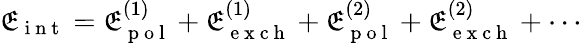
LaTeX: \mathfrak{E}_{\mathrm{{~i~n~t~}}}=\mathfrak{E}_{\mathrm{{~p~o~l~}}}^{(1)}+\mathfrak{E}_{\mathrm{{~e~x~c~h~}}}^{(1)}+\mathfrak{E}_{\mathrm{{~p~o~l~}}}^{(2)}+\mathfrak{E}_{\mathrm{{~e~x~c~h~}}}^{(2)}+\cdots